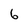
Character: 6